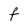
Character: f